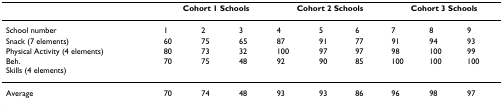
<table><thead><tr><td></td><td colspan="3"><b>Cohort 1 Schools</b></td><td colspan="3"><b>Cohort 2 Schools</b></td><td colspan="3"><b>Cohort 3 Schools</b></td></tr></thead><tbody><tr><td>School number</td><td>1</td><td>2</td><td>3</td><td>4</td><td>5</td><td>6</td><td>7</td><td>8</td><td>9</td></tr><tr><td>Snack (7 elements)</td><td>60</td><td>75</td><td>65</td><td>87</td><td>91</td><td>77</td><td>91</td><td>94</td><td>93</td></tr><tr><td>Physical Activity (4 elements)</td><td>80</td><td>73</td><td>32</td><td>100</td><td>97</td><td>97</td><td>98</td><td>100</td><td>99</td></tr><tr><td>Beh.Skills (4 elements)</td><td>70</td><td>75</td><td>48</td><td>92</td><td>90</td><td>85</td><td>100</td><td>100</td><td>100</td></tr><tr><td>Average</td><td>70</td><td>74</td><td>48</td><td>93</td><td>93</td><td>86</td><td>96</td><td>98</td><td>97</td></tr></tbody></table>